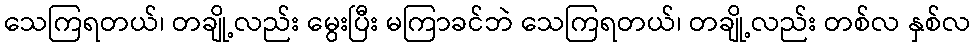
သေကြရတယ်၊ တချို့လည်း မွေးပြီး မကြာခင်ဘဲ သေကြရတယ်၊ တချို့လည်း တစ်လ နှစ်လ